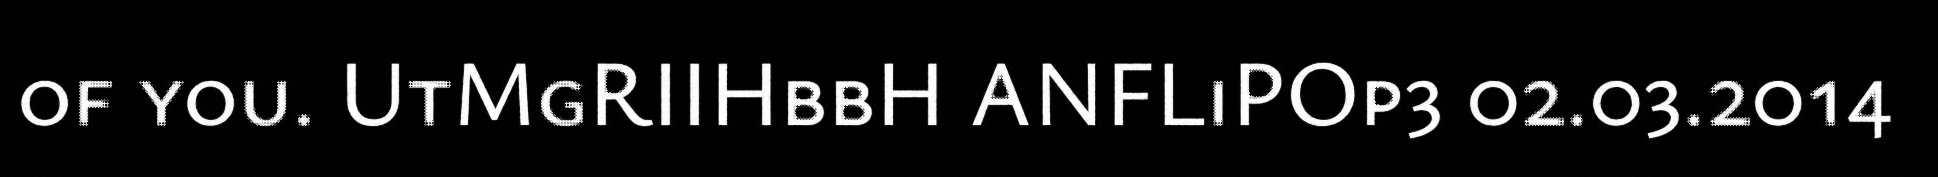
of you. UtMgRIIHbbH ANFLiPOp3 02.03.2014